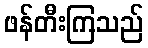
ဖန်တီးကြသည်